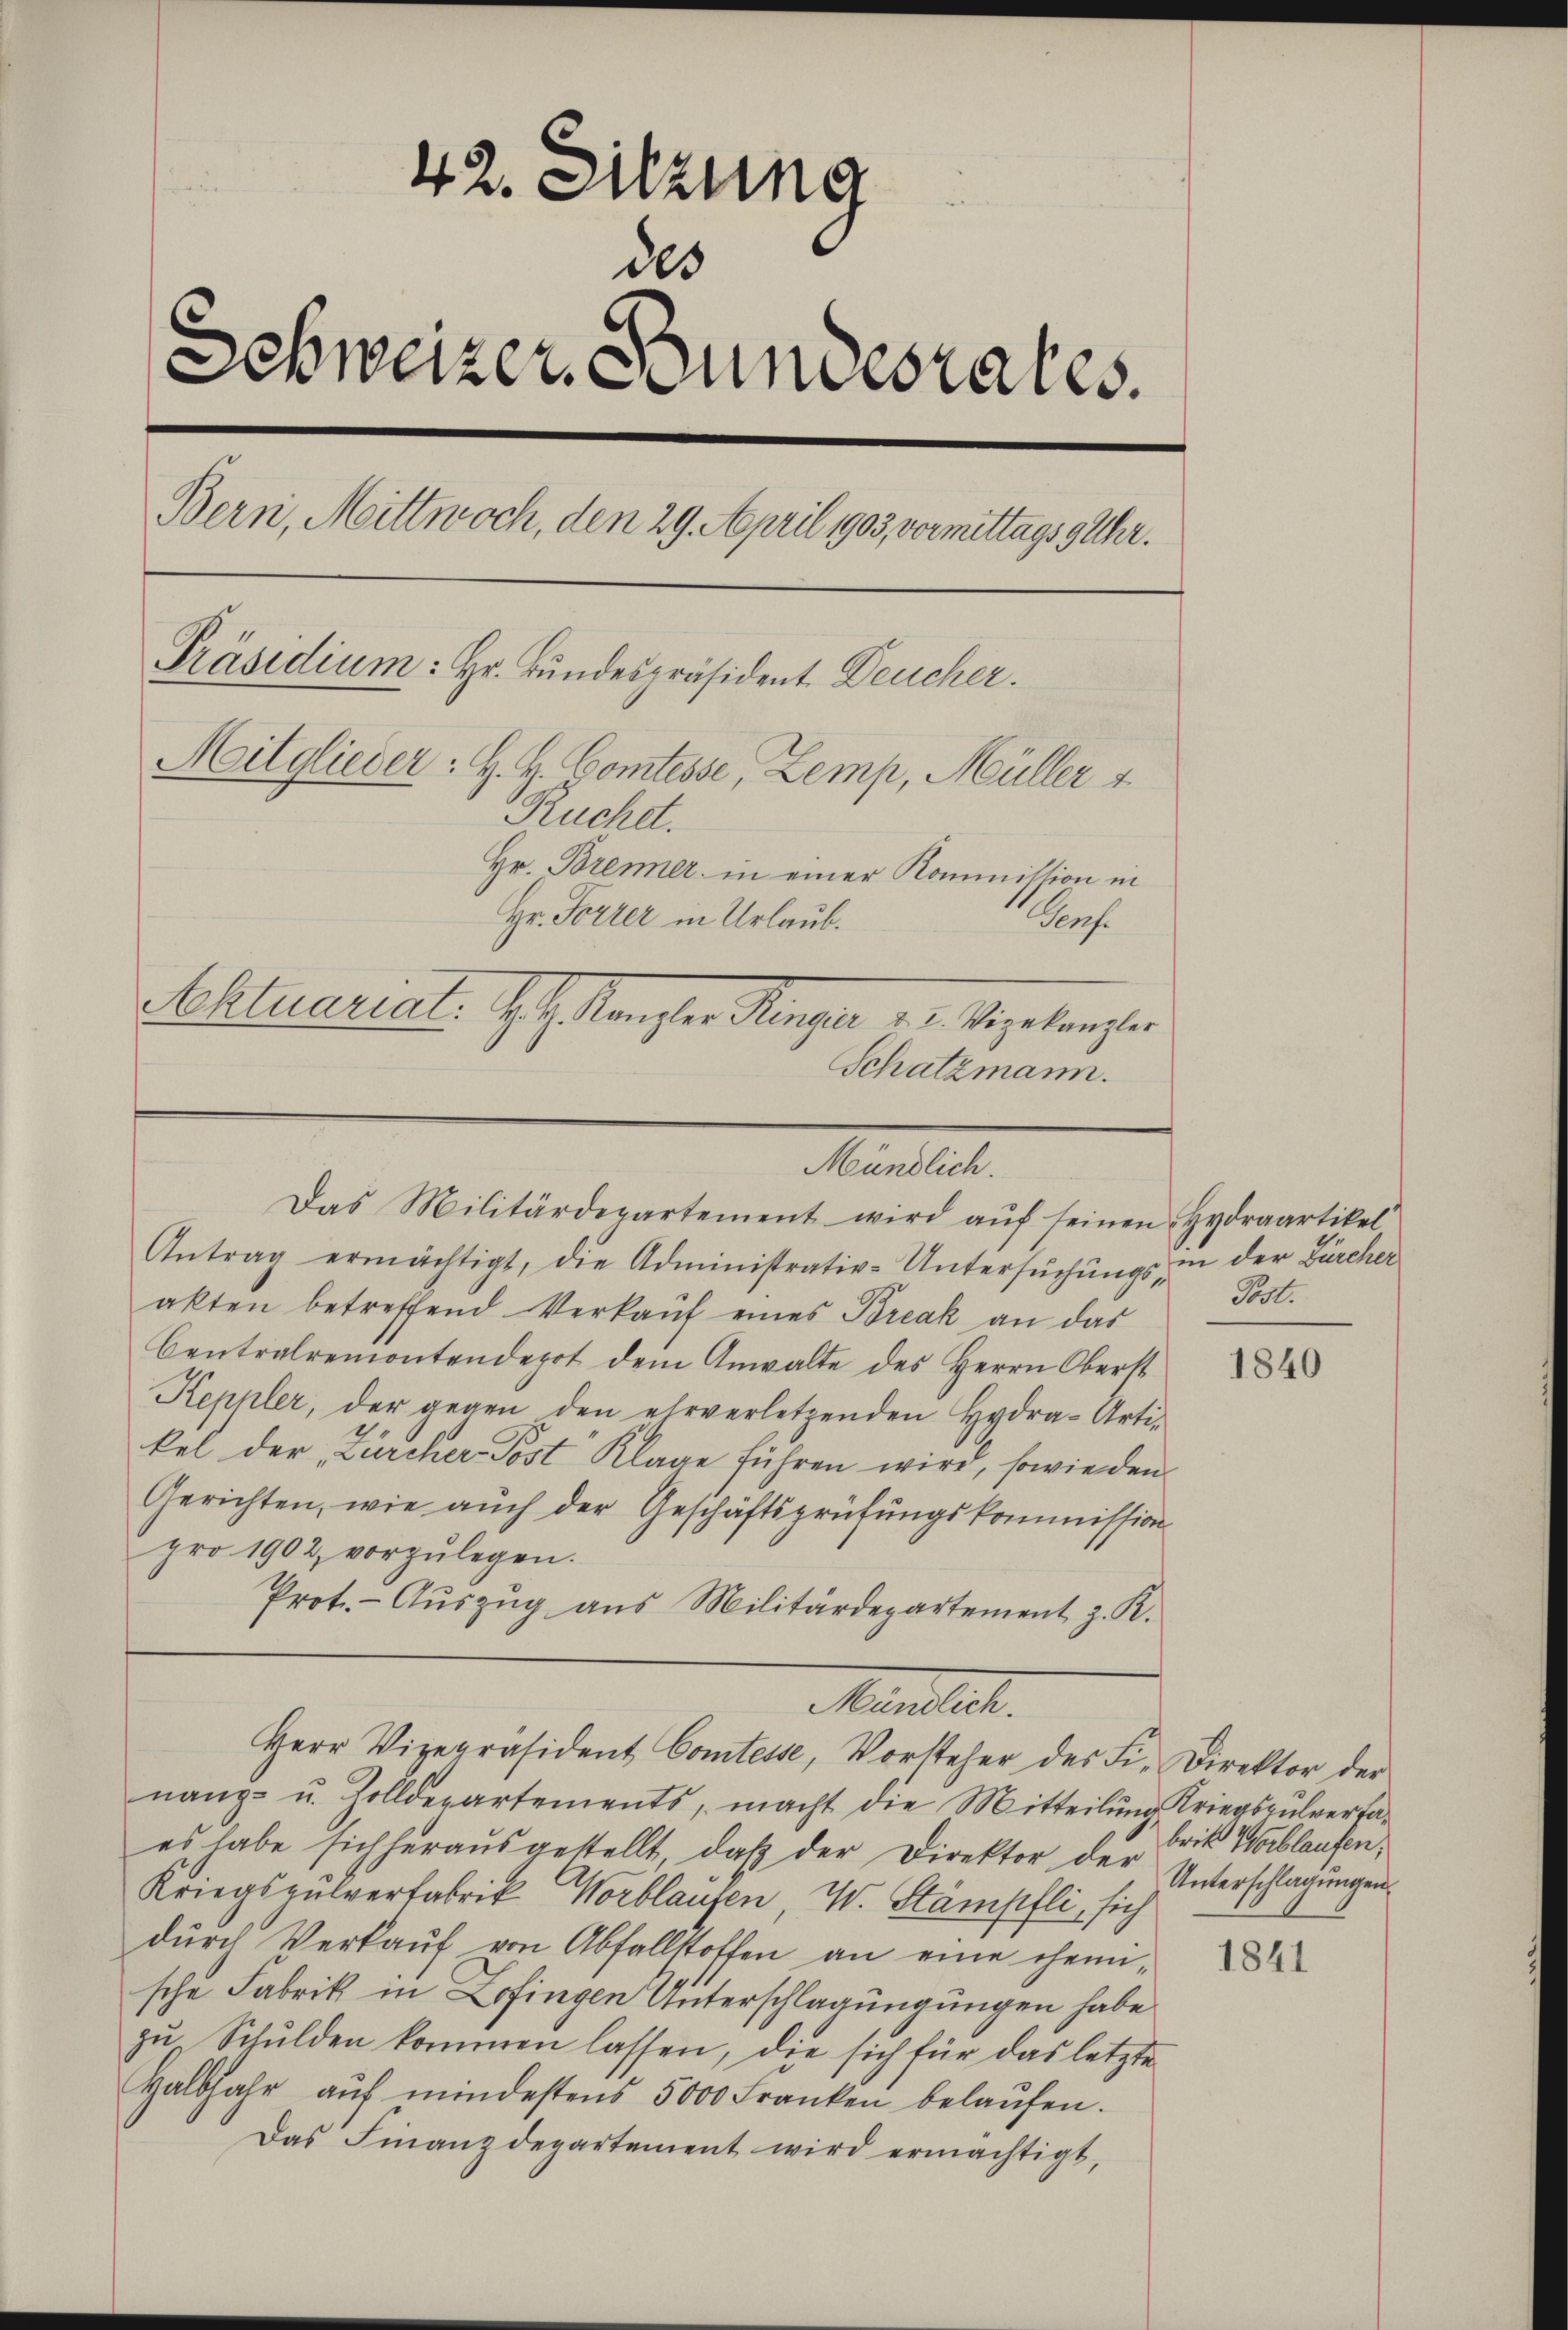
42. Sitzung
des
Schweizer Bundesrates.
Bern, Mittwoch, den 29. April 1903 vormittags 9 Uhr.
Präsidium: Hr. Bundespräsident Deucher.
Mitglieder: H. B. Comtesse, Zemp, Müller u
Ruchet.
Hr. Brenner in einer Kommission in
Hr. Forrer in Urlaub.
Werfe
Aktuariat. Joh. Kaiser Konzer dr. Sigelanger
Schatzmann.

.
Das Militärdepartement wird aŭf seinen Hydraartikel

Antrag ermächtigt, die Administrativ-Untersŭchŭngs, in der Bürcher
akten betreffend Verkaŭf eines Break an das
Centralremontendepot dem Anwalte des Herrn Oberst
Keppler, der gegen den ehrverletzenden Hydra-Arti-
kel der Zürcher Post Klage führen wird, sowieden.
Gerichten, wie auch der Geschäftsprüfungskommission
pro 1902, vorzŭlegen.
Prot.- Aŭszŭg aŭs Militärdepartement z. K.

nanz- u. Zolldepartements, macht die Mitteilung Kriegspulvertaes habe sich heraŭsgestellt, daβ der Direktor der Unterschlagungen
Kriegspulverfabrik Worblaufen, W. Stämpfli, sich
durch Verkauf von Abfallstoffen an eine chemische Fabrik in Zofingen Unterschlagungungen habe
zŭ Schulden kommen lassen, die sich für das letzte
Halbjahr aŭf mindestens 5000 Franken belaŭfen.
Das Finanzdepartement wird ermächtigt,

Mantlich.
Herr Vizepräsident Comtesse, Vorsteher des Fi- Direktor der

Post.

1840

brit Werblaufen;

1841